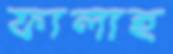
ফালাহ